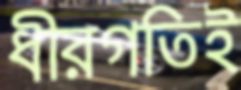
ধীরগতিই